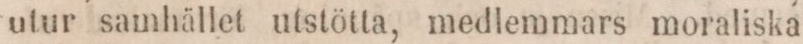
utur samhället utstötta, medlemmars moraliska